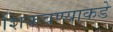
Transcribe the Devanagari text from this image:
शिकवण्याकडे